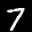
Label: 7